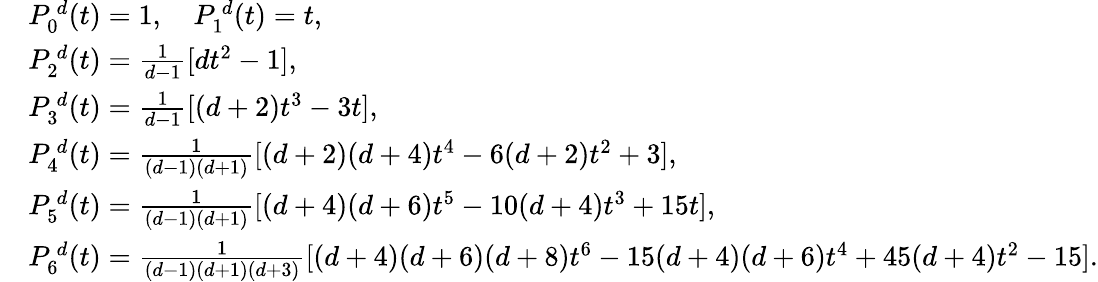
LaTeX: \begin{array}{rl}&{P_{0}^{\, d}(t)=1,\quad P_{1}^{\, d}(t)=t,}\\ &{P_{2}^{\, d}(t)=\frac{1}{d-1}[dt^{2}-1],}\\ &{P_{3}^{\, d}(t)=\frac{1}{d-1}[(d+2)t^{3}-3t],}\\ &{P_{4}^{\, d}(t)=\frac{1}{(d-1)(d+1)}[(d+2)(d+4)t^{4}-6(d+2)t^{2}+3],}\\ &{P_{5}^{\, d}(t)=\frac{1}{(d-1)(d+1)}[(d+4)(d+6)t^{5}-10(d+4)t^{3}+15t],}\\ &{P_{6}^{\, d}(t)=\frac{1}{(d-1)(d+1)(d+3)}[(d+4)(d+6)(d+8)t^{6}-15(d+4)(d+6)t^{4}+45(d+4)t^{2}-15].}\end{array}